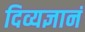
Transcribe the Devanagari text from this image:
दिव्यज्ञानं